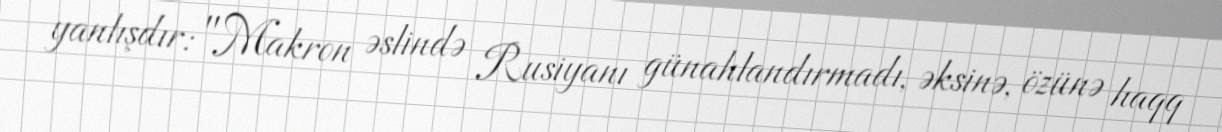
yanlışdır: "Makron əslində Rusiyanı günahlandırmadı, əksinə, özünə haqq